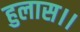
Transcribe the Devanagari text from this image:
हुलास।।